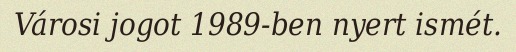
Városi jogot 1989-ben nyert ismét.